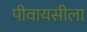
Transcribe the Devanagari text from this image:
पीवायसीला